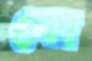
ফো